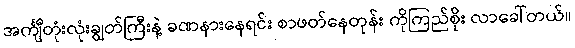
အင်္ကျီတုံးလုံးချွတ်ကြီးနဲ့ ခဏနားနေရင်း စာဖတ်နေတုန်း ကိုကြည်စိုး လာခေါ်တယ်။